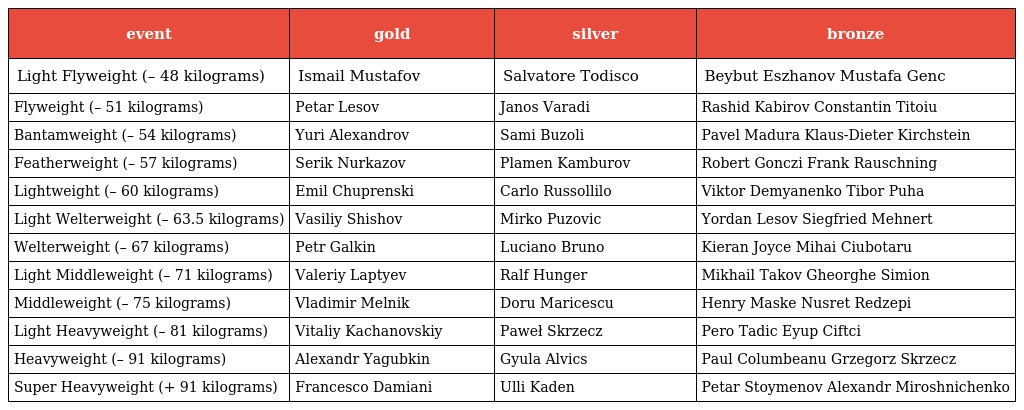
| event | gold | silver | bronze |
 | --- | --- | --- | --- |
 | Light Flyweight (– 48 kilograms) | Ismail Mustafov | Salvatore Todisco | Beybut Eszhanov Mustafa Genc |
 | Flyweight (– 51 kilograms) | Petar Lesov | Janos Varadi | Rashid Kabirov Constantin Titoiu |
 | Bantamweight (– 54 kilograms) | Yuri Alexandrov | Sami Buzoli | Pavel Madura Klaus-Dieter Kirchstein |
 | Featherweight (– 57 kilograms) | Serik Nurkazov | Plamen Kamburov | Robert Gonczi Frank Rauschning |
 | Lightweight (– 60 kilograms) | Emil Chuprenski | Carlo Russollilo | Viktor Demyanenko Tibor Puha |
 | Light Welterweight (– 63.5 kilograms) | Vasiliy Shishov | Mirko Puzovic | Yordan Lesov Siegfried Mehnert |
 | Welterweight (– 67 kilograms) | Petr Galkin | Luciano Bruno | Kieran Joyce Mihai Ciubotaru |
 | Light Middleweight (– 71 kilograms) | Valeriy Laptyev | Ralf Hunger | Mikhail Takov Gheorghe Simion |
 | Middleweight (– 75 kilograms) | Vladimir Melnik | Doru Maricescu | Henry Maske Nusret Redzepi |
 | Light Heavyweight (– 81 kilograms) | Vitaliy Kachanovskiy | Paweł Skrzecz | Pero Tadic Eyup Ciftci |
 | Heavyweight (– 91 kilograms) | Alexandr Yagubkin | Gyula Alvics | Paul Columbeanu Grzegorz Skrzecz |
 | Super Heavyweight (+ 91 kilograms) | Francesco Damiani | Ulli Kaden | Petar Stoymenov Alexandr Miroshnichenko |